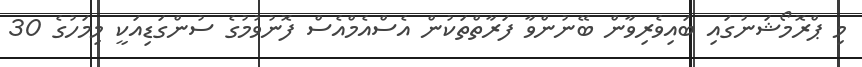
މި ޕްރޮމޯޝަނުގައި ބައިވެރިވާން ބޭނުންވާ ފަރާތްތަކުން އެސްއެމްއެސް ފޮނުވުމުގެ ސުންގަޑިއަކީ މިމަހުގެ 30